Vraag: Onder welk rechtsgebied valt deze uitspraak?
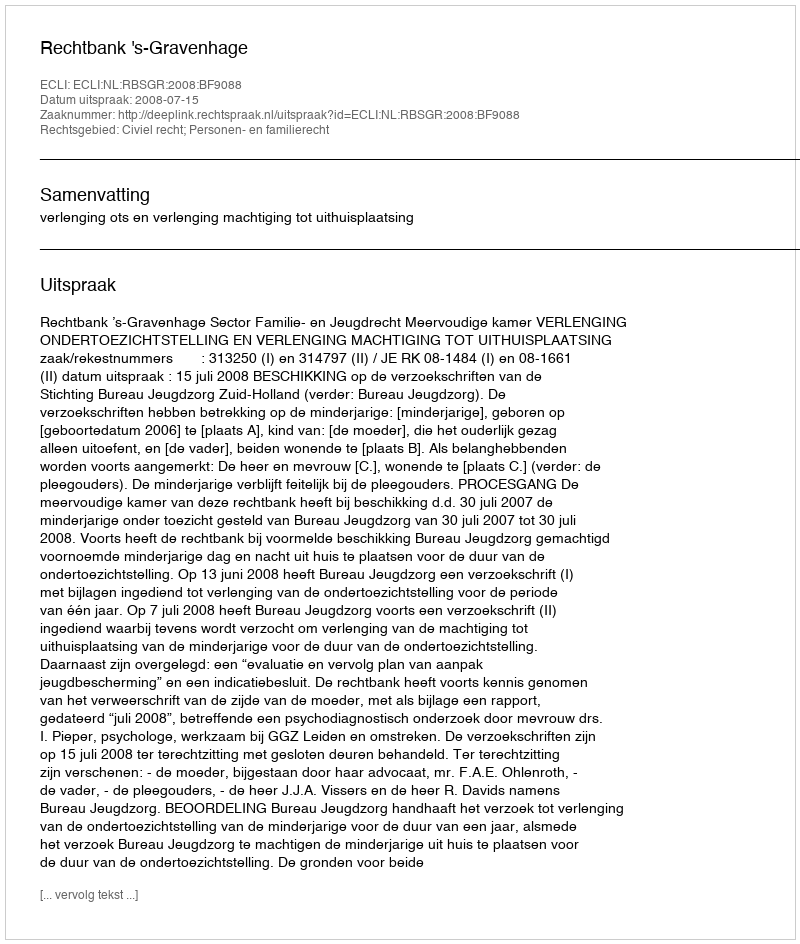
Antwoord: Civiel recht; Personen- en familierecht